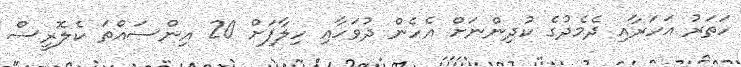
ހަތަރު އަހަރާއި ދެމެދުގެ ކުދިންނަށް އެހެން ދުވަހާއި ހިލާފަށް 20 އިންސައްތަ ކެލޮރީސް